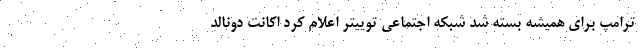
ترامپ برای همیشه بسته شد شبکه اجتماعی توییتر اعلام کرد اکانت دونالد